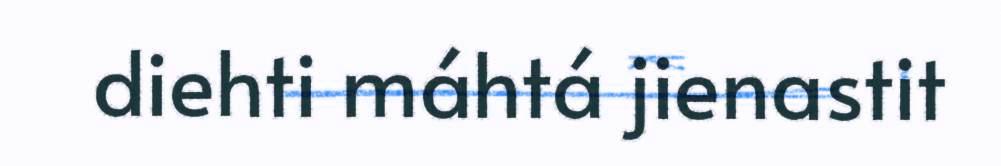
diehti máhtá jienastit